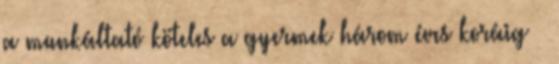
a munkáltató köteles a gyermek három éves koráig –